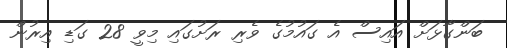
ބަންގާޅަށް އައިސް އެ ގައުމުގެ ވެރި ރަށުގައި މިވީ 28 ގަޑި އިރުން